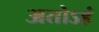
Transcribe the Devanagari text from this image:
अतोऽहं